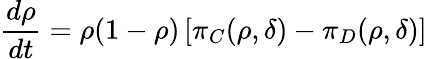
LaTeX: \frac{d\rho}{dt}=\rho(1-\rho)\left[\pi_{C}(\rho,\delta)-\pi_{D}(\rho,\delta)\right]